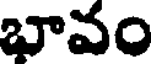
భావం